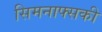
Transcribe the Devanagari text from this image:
सिमनाफ्सकी